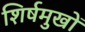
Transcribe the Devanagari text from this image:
शिर्षमुखों